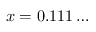
x = 0 . 1 1 1 \dots